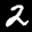
Label: 2